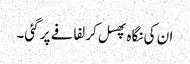
ان کی نگاہ پھسل کر لفافے پر گئی۔